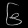
Digit: ၆